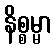
နိစ္စမ္မာ